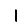
Digit: 1